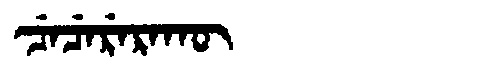
Manchu: ᠴᡝᠴᡝᡵᡝᡵᠠᡴᡡ
Romanization: CECERERAKŪ